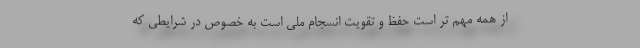
از همه مهم تر است حفظ و تقویت انسجام ملی است به خصوص در شرایطی که